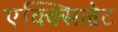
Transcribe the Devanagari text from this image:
एक्क्सिल्रेट